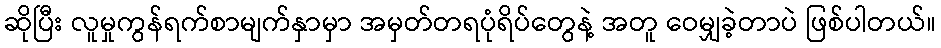
ဆိုပြီး လူမှုကွန်ရက်စာမျက်နှာမှာ အမှတ်တရပုံရိပ်တွေနဲ့ အတူ ဝေမျှခဲ့တာပဲ ဖြစ်ပါတယ်။